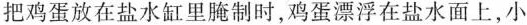
把鸡蛋放在盐水缸里腌制时，鸡蛋漂浮在盐水面上，小